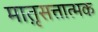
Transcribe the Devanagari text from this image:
मात़ृसत्तात्मक